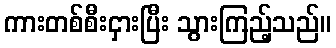
ကားတစ်စီးငှားပြီး သွားကြည့်သည်။